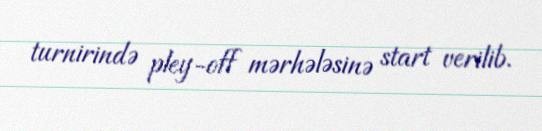
turnirində pley-off mərhələsinə start verilib.